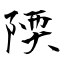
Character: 陾